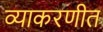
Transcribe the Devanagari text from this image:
व्याकरणीत